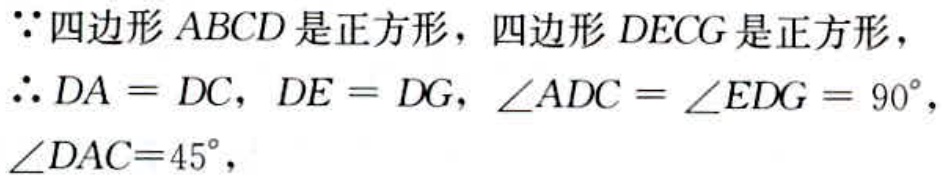
$\because$四边形$ABCD$是正方形，四边形$DECG$是正方形，
$\therefore DA = DC$，$DE = DG$，$\angle ADC = \angle EDG = 90^{\circ}$，
$\angle DAC = 45^{\circ}$，